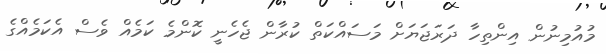
މުއުމިނުން އިންތިހާ ދަރަޖަޔަށް މަސައްކަތް ކުރާން ޖެހެނީ ކޮންމެ ކަމެއް ވެސް އެކަމެއްގެ